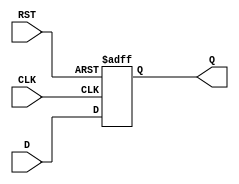
module input_register (
    input wire D,        // Data input
    input wire CLK,      // Clock input
    input wire RST,      // Asynchronous reset
    output reg Q         // Output register
);

// Always block for the register functionality
always @(posedge CLK or posedge RST) begin
    if (RST) begin
        Q <= 1'b0;       // Asynchronously reset the output to 0
    end else begin
        Q <= D;          // Capture the data on the rising edge of the clock
    end
end

endmodule